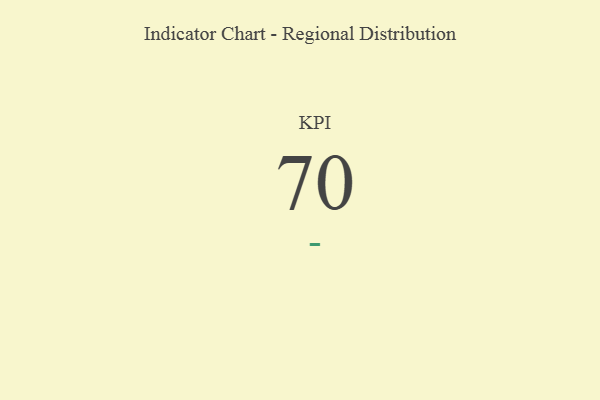
{"axis": {"x": "KPI", "y": "Value"}, "legend": [""], "data": [{"x": "KPI", "y": 70, "type": ""}]}